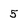
Character: 5